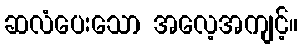
ဆလံပေးသော အလေ့အကျင့်။